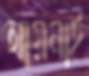
আয়নাই